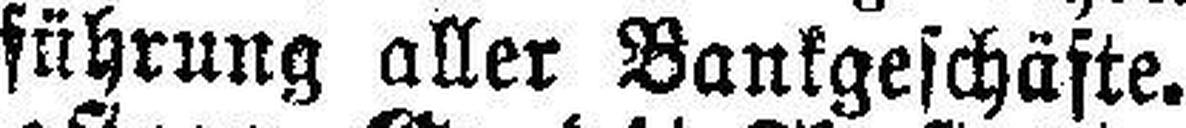
führung aller Bankgeschäfte.